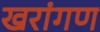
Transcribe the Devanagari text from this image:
खरांगण